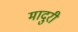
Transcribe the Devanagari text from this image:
मादुरी